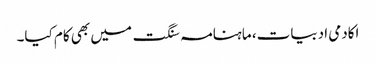
اکادمی ادبیات، ماہنامہ سنگت میں بھی کام کیا۔